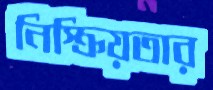
নিস্ক্রিয়তার